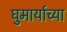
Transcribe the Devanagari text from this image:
घुमार्याच्या